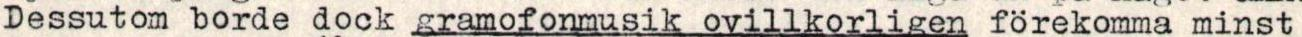
Dessutom borde dock gramofonmusik ovillkorligen förekomma minst